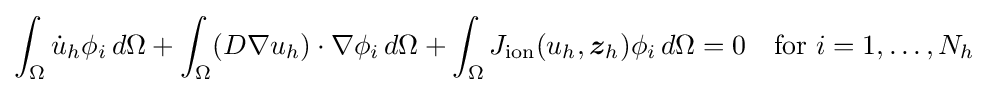
\int _{\Omega }{\dot {u}}_{h}\phi _{i}\,d\Omega +\int _{\Omega }(D\nabla u_{h})\cdot \nabla \phi _{i}\,d\Omega +\int _{\Omega }J_{\text{ion}}(u_{h},{\boldsymbol {z}}_{h})\phi _{i}\,d\Omega =0\quad {\text{for }}i=1,\ldots ,N_{h}